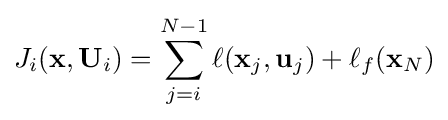
J_{i}(\mathbf {x} ,\mathbf {U} _{i})=\sum _{j=i}^{N-1}\ell (\mathbf {x} _{j},\mathbf {u} _{j})+\ell _{f}(\mathbf {x} _{N})